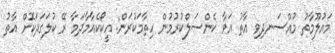
މައުލޫމާތު މުއްސަނދިވި އާތު އަވާ ކެންސަލްކުރުމުން ހިތާމަކުރަން: އީކޯކެއާމާދަމާ ރޭ ކުލަގަދަކޮށް އާތު